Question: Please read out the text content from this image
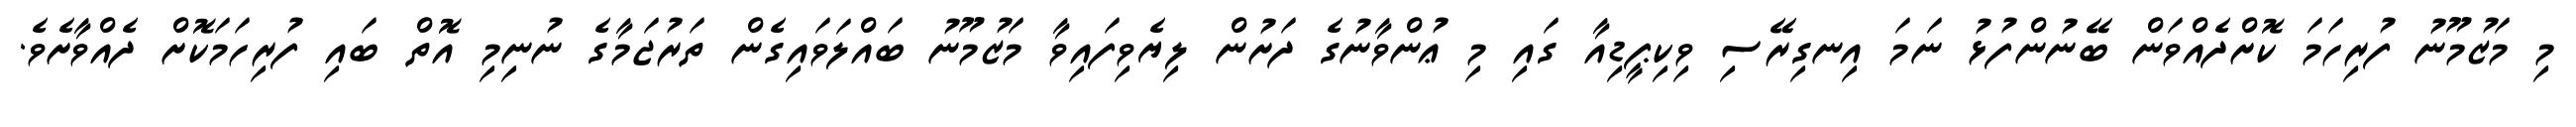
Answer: މި މަޒުމޫނު ފުރިހަމަ ކޮށްދެއްވަން ބޭނުންފުޅު ނަމަ އިނގިރޭސި ވިކިޕީޑިއާ ގައި މި ޢުންވާނުގެ ދަށުން ލިޔެވިފައިވާ މަޒުމޫނު ބައްލަވައިގެން ތަރުޖަމާގެ ނުނިމި އޮތް ބައި ފުރިހަމަކޮށް ދެއްވާށެވެ.